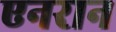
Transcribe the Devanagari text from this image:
एनरान